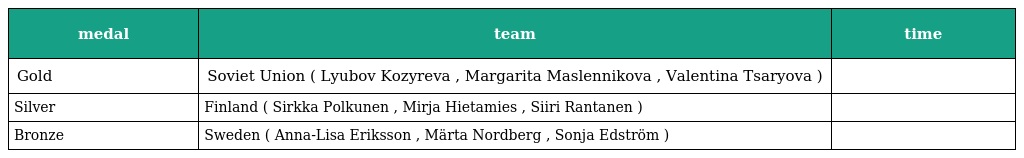
| medal | team | time |
 | --- | --- | --- |
 | Gold | Soviet Union ( Lyubov Kozyreva , Margarita Maslennikova , Valentina Tsaryova ) |  |
 | Silver | Finland ( Sirkka Polkunen , Mirja Hietamies , Siiri Rantanen ) |  |
 | Bronze | Sweden ( Anna-Lisa Eriksson , Märta Nordberg , Sonja Edström ) |  |